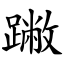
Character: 䠥